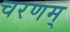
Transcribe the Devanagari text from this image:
चरणम्‌